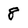
Character: 8